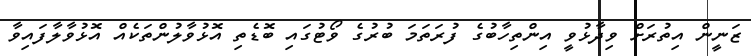
ޒަނީން އިތުރަށް ވިދާޅުވީ އިންތިހާބުގެ ފުރަތަމަ ބުރުގެ ވޯޓުގައި ބޮޑެތި އޮޅުވާލުންތަކެއް އޮޅުވާލާފައިވާ